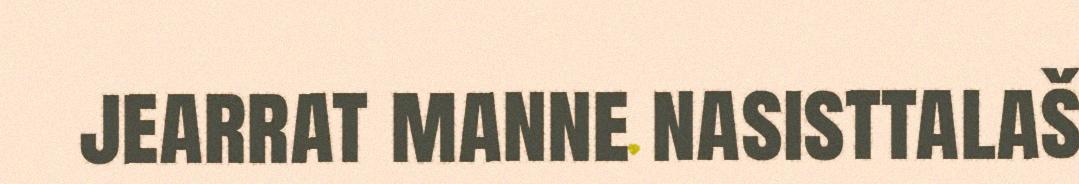
jearrat manne nasisttalaš